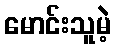
မောင်းသူမဲ့